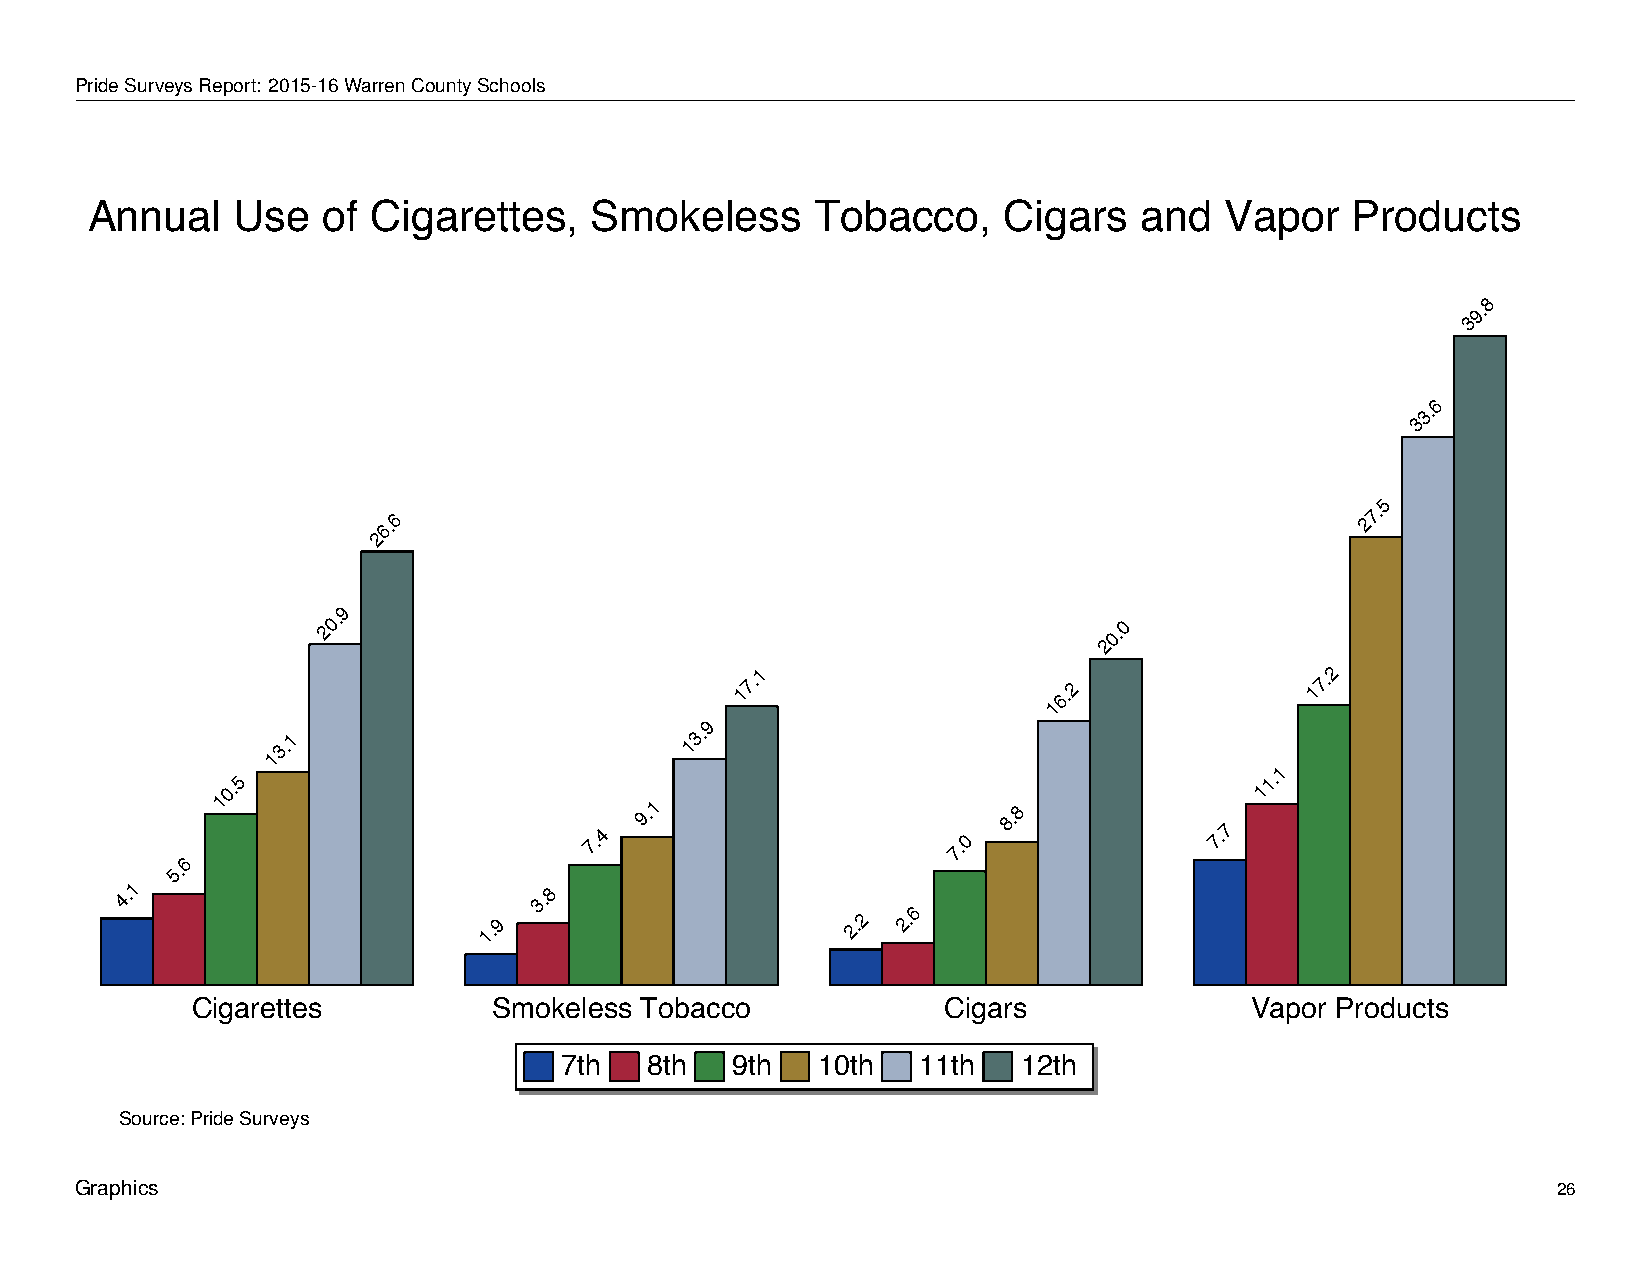
Annual          Use      of   Cigarettes,            Smokeless             Tobacco,            Cigars        and     Vapor         Products
 PrideSurveysReport: 2015-16WarrenCountySchools
 Annual   Use   of  Cigarettes,   Smokeless      Tobacco,    Cigars   and   Vapor   Products
 8
 9.
 3
 6
 3.
 3
 5
 6.6
 27.
 2
 9
 20.
 0.0
 2
 17.1
 6.2
 17.2
 1
 9
 13.1                       13.
 1
 6
 10.5
 7.4
 9.1
 7.0
 8.8
 7.7
 11.
 5.
 4.1
 1.9
 3.8
 2.2
 2.6
 Cigarettes          Smokeless Tobacco            Cigars               Vapor Products
 7th   8th  9th   10th   11th   12th
 Source: Pride Surveys
 Graphics                                                                                          26